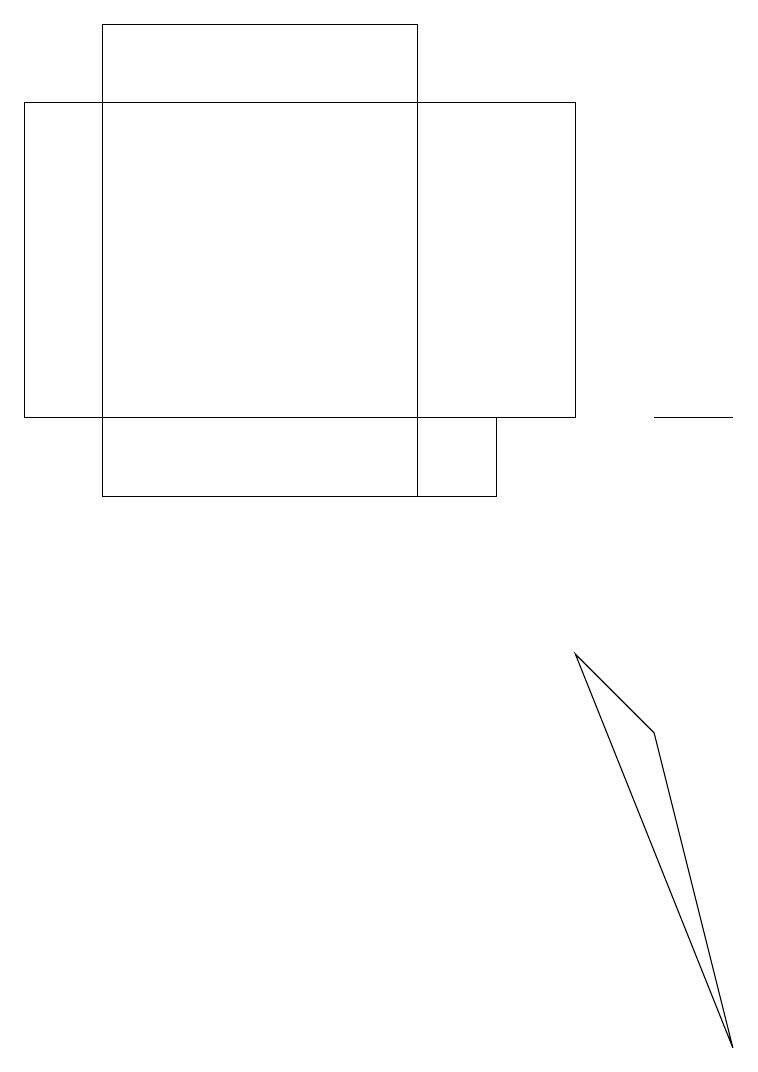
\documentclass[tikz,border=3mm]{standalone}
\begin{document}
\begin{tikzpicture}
\draw (8,8) -- (9,4) -- (7,9) -- cycle;
\draw (1,12) rectangle (6,11);
\draw (8,12) rectangle (9,12);
\draw (1,17) rectangle (5,11);
\draw (0,12) rectangle (7,16);
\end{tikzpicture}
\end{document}